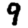
Digit: 9